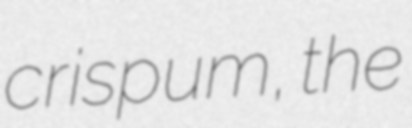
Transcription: crispum, the